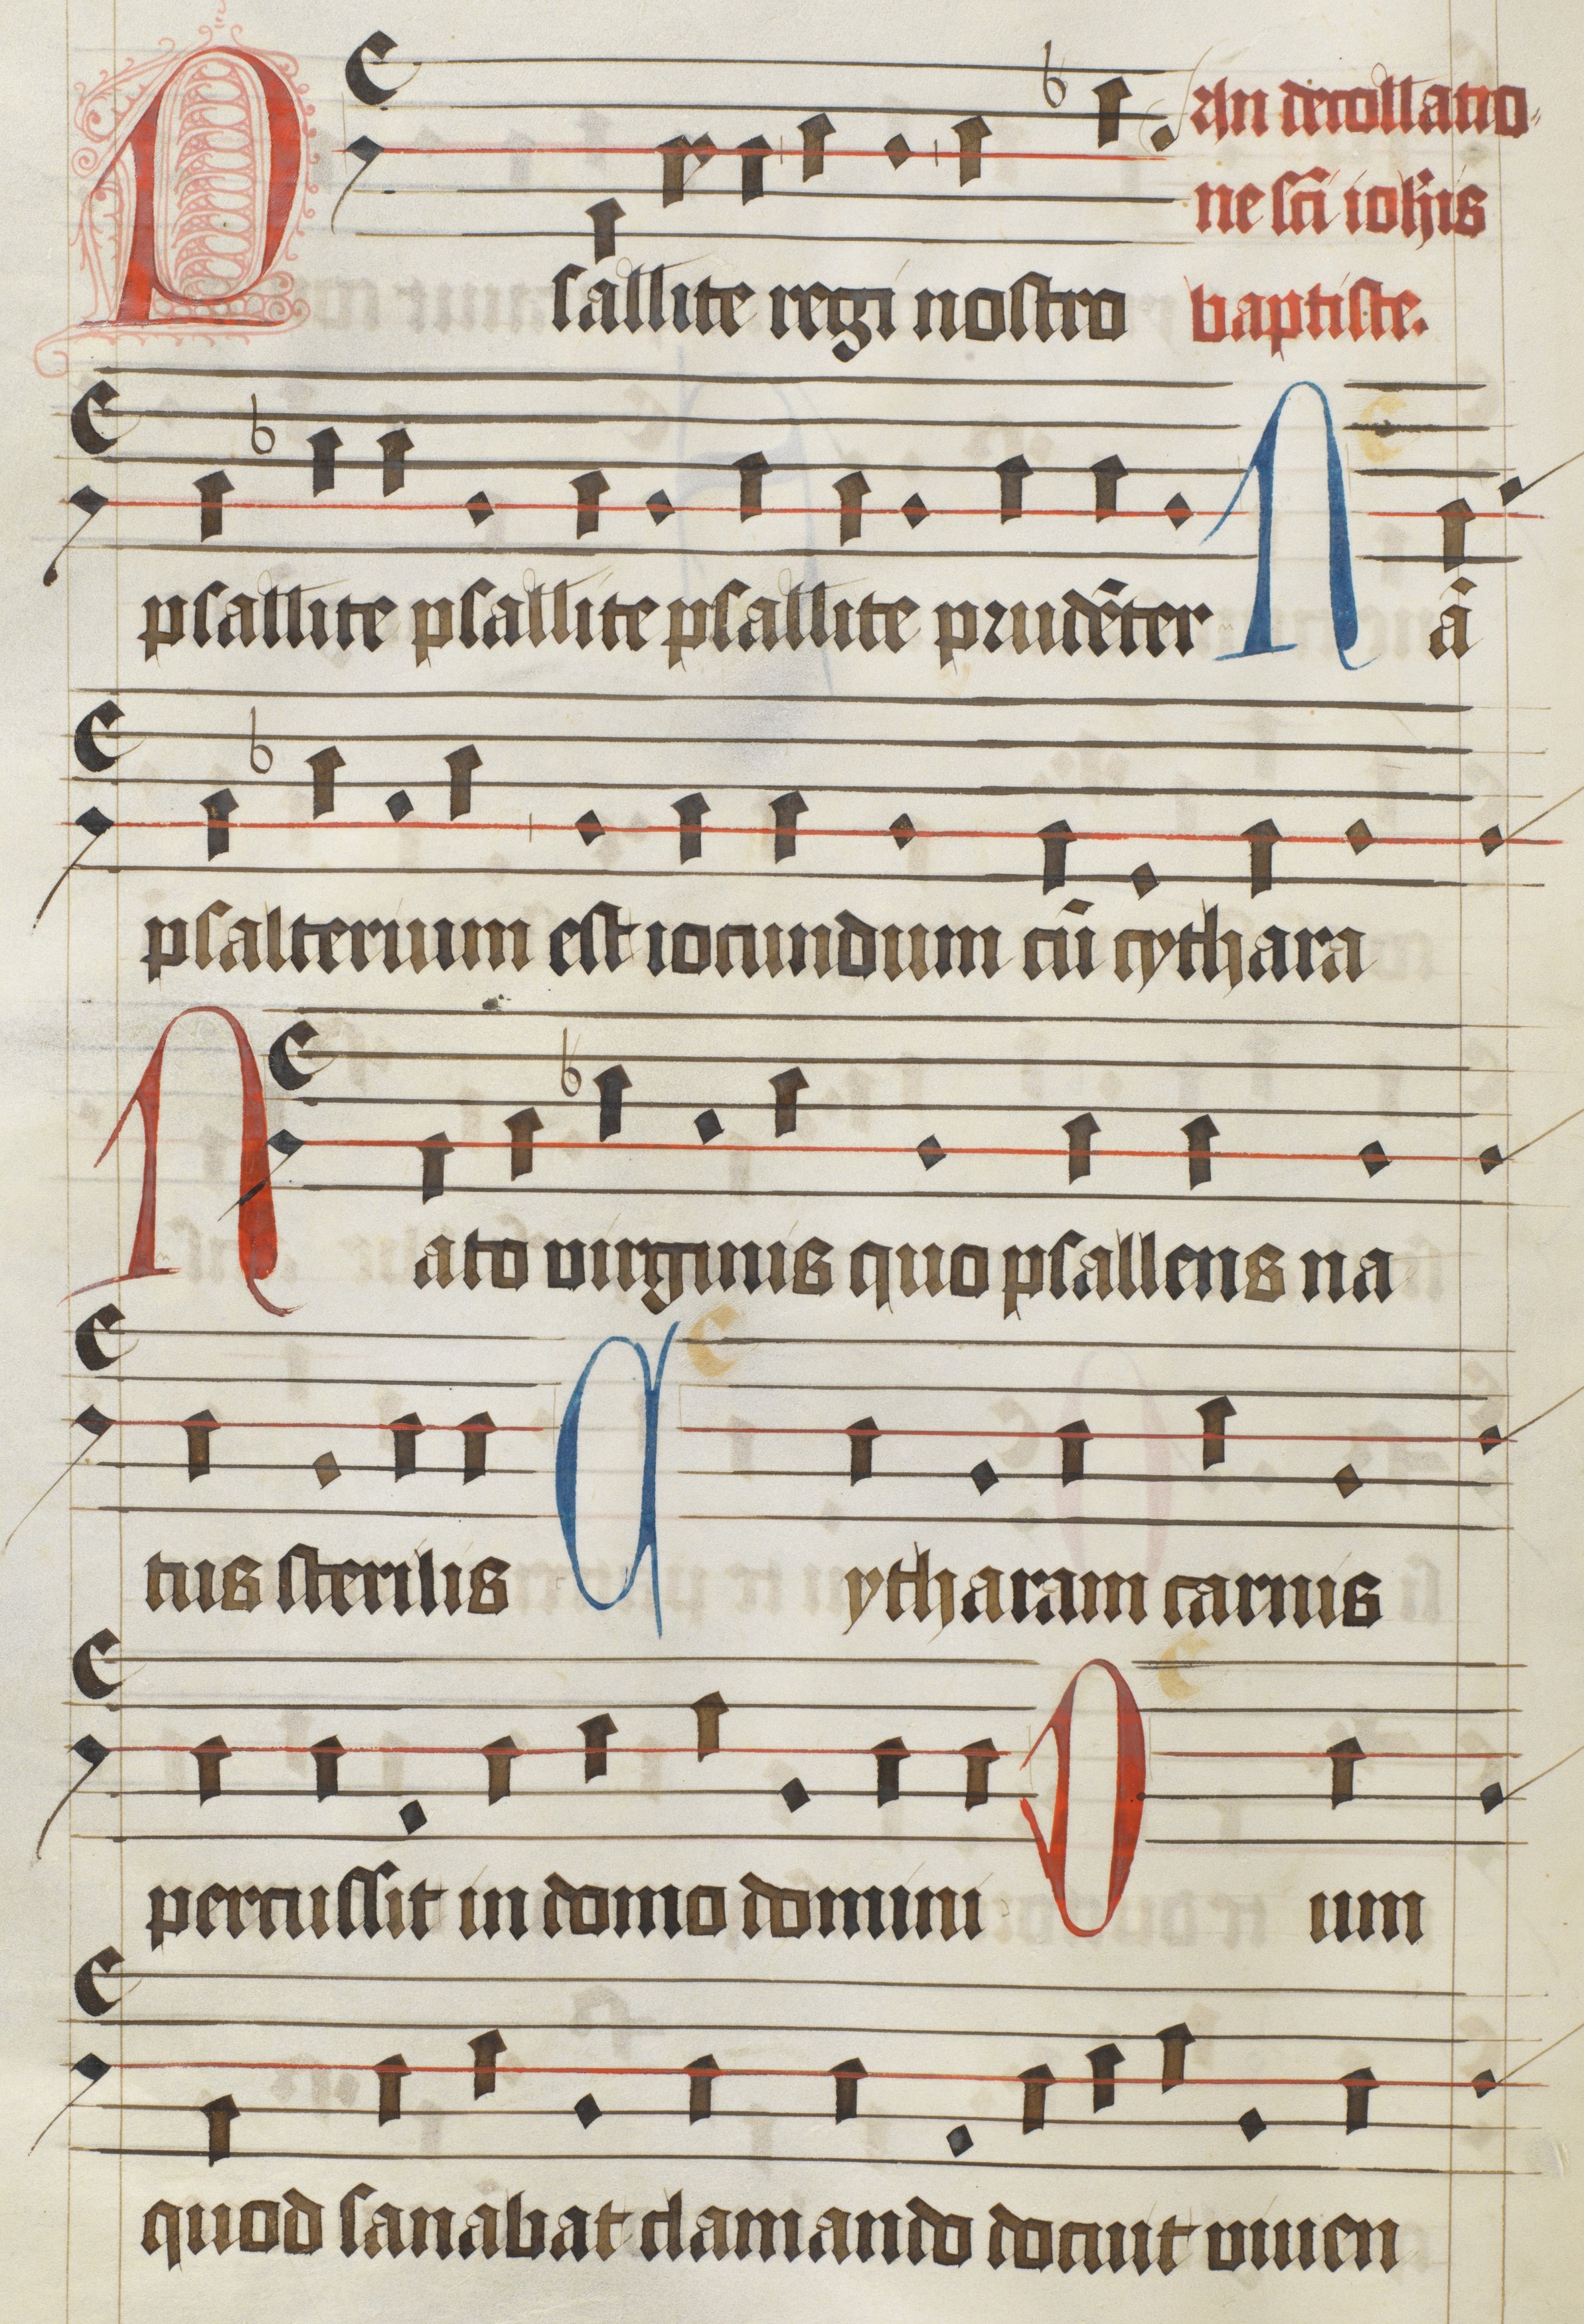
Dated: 1475–1499